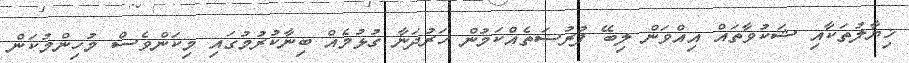
ޚިޔާލުތަކާއި ޝަކުވާތައް އިއްވަން ލިބޭ ފުރުސަތެއްކަމުން ހަރުދަނާ ގުޅުމެއް ބިނާކުރުމުގައި މިކަންވެސް މުހިންމުކަން